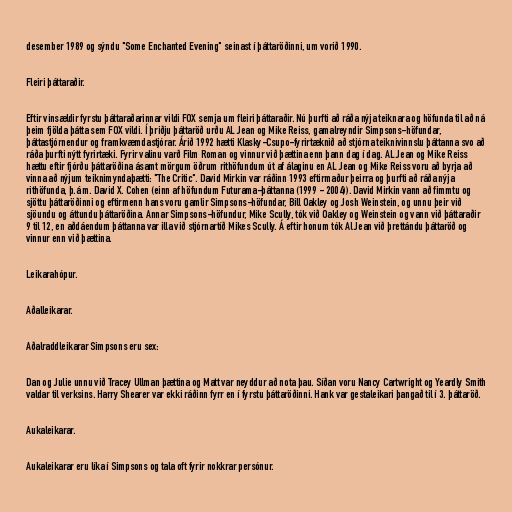
desember 1989 og sýndu "Some Enchanted Evening" seinast í þáttaröðinni, um vorið 1990.

Fleiri þáttaraðir.

Eftir vinsældir fyrstu þáttaraðarinnar vildi FOX semja um fleiri þáttaraðir. Nú þurfti að ráða nýja teiknara og höfunda til að ná
þeim fjölda þátta sem FOX vildi. Í þriðju þáttaröð urðu AL Jean og Mike Reiss, gamalreyndir Simpsons-höfundar,
þáttastjórnendur og framkvæmdastjórar. Árið 1992 hætti Klasky-Csupo-fyrirtæknið að stjórna teiknivinnslu þáttanna svo að
ráða þurfti nýtt fyrirtæki. Fyrir valinu varð Film Roman og vinnur við þættina enn þann dag í dag. AL Jean og Mike Reiss
hættu eftir fjórðu þáttaröðina ásamt mörgum öðrum rithöfundum út af álaginu en AL Jean og Mike Reiss voru að byrja að
vinna að nýjum teiknimyndaþætti: "The Critic". David Mirkin var ráðinn 1993 eftirmaður þeirra og þurfti að ráða nýja
rithöfunda, þ.á m. David X. Cohen (einn af höfundum Futurama-þáttanna (1999 - 2004)). David Mirkin vann að fimmtu og
sjöttu þáttaröðinni og eftirmenn hans voru gamlir Simpsons-höfundar, Bill Oakley og Josh Weinstein, og unnu þeir við
sjöundu og áttundu þáttaröðina. Annar Simpsons-höfundur, Mike Scully, tók við Oakley og Weinstein og vann við þáttaraðir
9 til 12, en aðdáendum þáttanna var illa við stjórnartíð Mikes Scully. Á eftir honum tók Al Jean við þrettándu þáttaröð og
vinnur enn við þættina.

Leikarahópur.

Aðalleikarar.

Aðalraddleikarar Simpsons eru sex:

Dan og Julie unnu við Tracey Ullman þættina og Matt var neyddur að nota þau. Síðan voru Nancy Cartwright og Yeardly Smith
valdar til verksins. Harry Shearer var ekki ráðinn fyrr en í fyrstu þáttaröðinni. Hank var gestaleikari þangað til í 3. þáttaröð.

Aukaleikarar.

Aukaleikarar eru líka í Simpsons og tala oft fyrir nokkrar persónur.